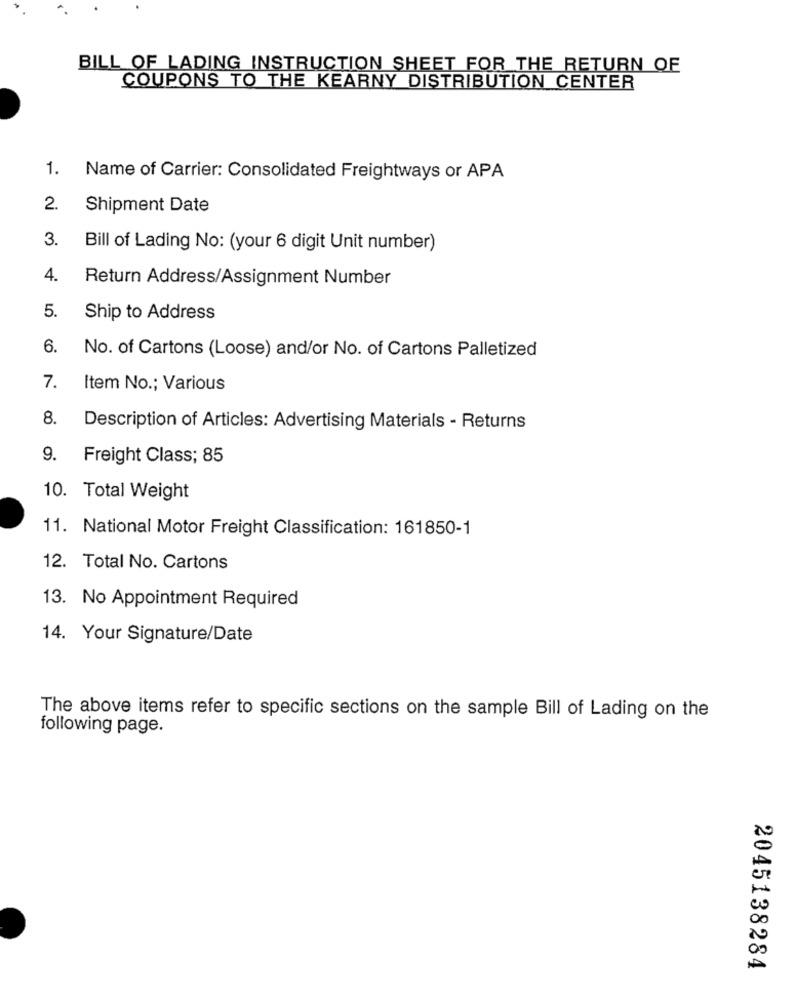
BILL OF LADING INSTRUCTION SHEET FOR THE RETURN OF
COUPONS TO THE KEARNY DISTRIBUTION CENTER
1. Name of Carrier: Consolidated Freightways or APA
2.
Shipment Date
3.
Bill of Lading No: (your 6 digit Unit number)
4.
Return Address/Assignment Number
5.
Ship to Address
6.
No. of Cartons (Loose) and/or No. of Cartons Palletized
7. Item No .; Various
8.
Description of Articles: Advertising Materials - Returns
9.
Freight Class; 85
10. Total Weight
11. National Motor Freight Classification: 161850-1
12. Total No. Cartons
13. No Appointment Required
14. Your Signature/Date
The above items refer to specific sections on the sample Bill of Lading on the
following page.
2045138284